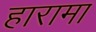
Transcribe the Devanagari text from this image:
हारामा